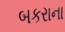
બકરાના